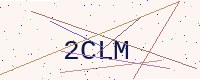
Text: 2CLM